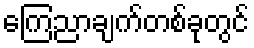
ကြေညာချက်တစ်ခုတွင်